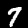
Digit: 7